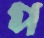
প